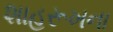
શાહરૂખના